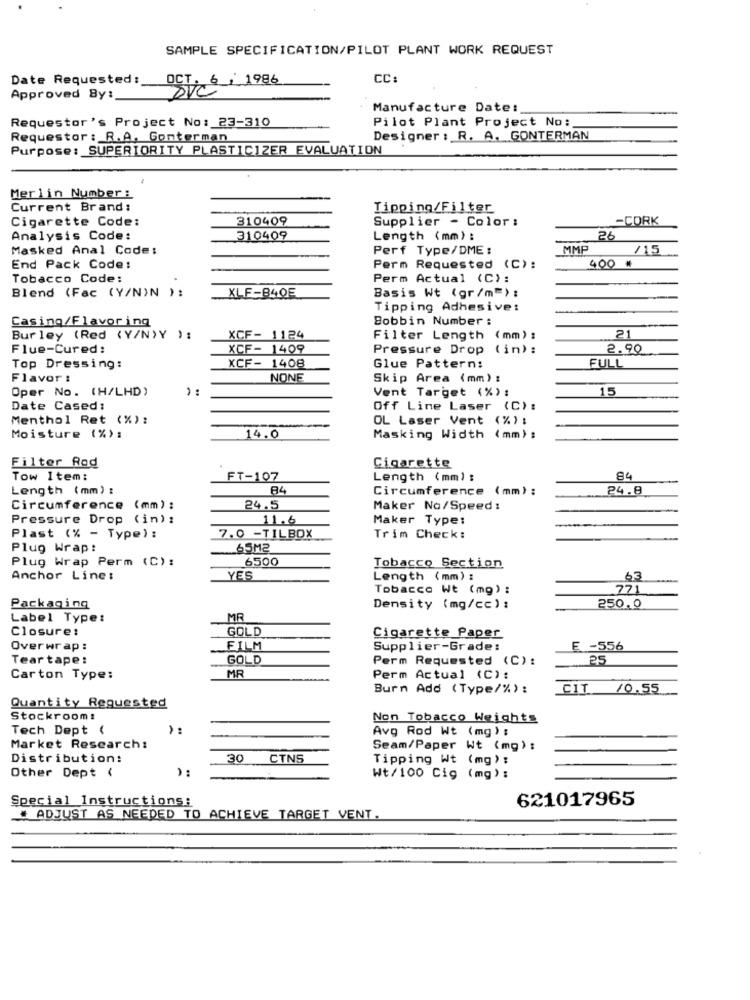
SAMPLE SPECIFICATION/PILOT PLANT WORK REQUEST
Date Requested :
OCT, 6 , 1986
CC
Approved By:
Manufacture Date:
Requestor's Project No: 23-310
Pilot Plant Project No:
Requestor : R.A, Conterman
Designer : R. A. GONTERMAN
Purpose: SUPERIORITY PLASTICIZER EVALUATION
Merlin Number :
Current Brand :
Tipping/Filter
Cigarette Code:
310409
Supplier - Color:
-CORK
Analysis Code:
310409
Length (mm):
26
Masked Anal Code:
Perf Type/DME :
MMP
/15
End Pack Code:
Perm Requested (C):
400 *
Tobacco Code:
Perm Actual (C) :
Blend (Fac (Y/N)N ):
XLF-840E
Basis Wt (gr/m=):
Tipping Adhesive:
Bobbin Number :
Casing/Flavoring
21
Bur ley (Red (Y/N)Y ):
XCF- 1124
Filter Length (mm):
Flue-Cured:
XCF- 1409
Pressure Drop ( in):
2.90
Top Dressing:
XCF- 1408
Glue Pattern:
FULL
Flavor :
NONE
Skip Area (mm) :
Oper No. (H/LHD)
Vent Target (%) :
15
Date Cased:
Off Line Laser (C):
Menthol Ret (%) :
OL Laser Vent (%) :
Moisture (%) :
14.0
Masking Width (mm) :
Filter Rod
Cigarette
Tow Item:
FT-107
Length (mm) :
84
Length (mm) :
84
Circumference (mm) :
24.8
Circumference (mm) :
24.5
Maker No/Speed:
Pressure Drop (in) :
11.6
Maker Type:
Plast (% - Type) :
7.0 -TILBOX
Trim Check:
Plug Wrap:
65M2
Plug Wrap Perm (C):
6500
Tobacco Section
Anchor Line:
YES
Length (mm) :
63
Tobacco Wt (mg) :
77
Packaging
Density (mg/cc) :
250.0
Label Type:
MR
Closure:
GOLD
Cigarette Paper
Overwrap:
FILM
Supplier-Grade:
E -556
Tear tape:
GOLD
Perm Requested (C):
25
MR
Carton Type:
Perm Actual (C):
Burn Add ( Type/%) :
CIT /0.55
Quantity Requested
Stockroom:
Non Tobacco Weights
Tech Dept (
Avg Rod Wt (mg) :
Market Research:
Seam/Paper Wt (mg) :
Distribution:
30
CTNS
Tipping Wt (mg) :
Other Dept (
Wt/100 Cig (mg) :
Special Instructions:
621017965
* ADJUST AS NEEDED TO ACHIEVE TARGET VENT.